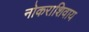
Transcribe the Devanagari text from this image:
नोकराशिवाय